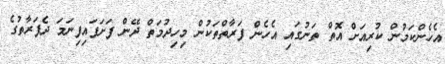
އެހެންކަމުން ކުރިއަށް އޮތް ތަނުގައި އެހެން ފަރާތްތަކުން މިހިދުމަތް ދޭން ފަށަފައިފިނަމަ ދެފަރާތުގެ